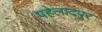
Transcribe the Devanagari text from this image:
पहेलादपुर